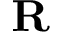
\mathbf { R }